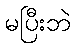
မပြီးဘဲ